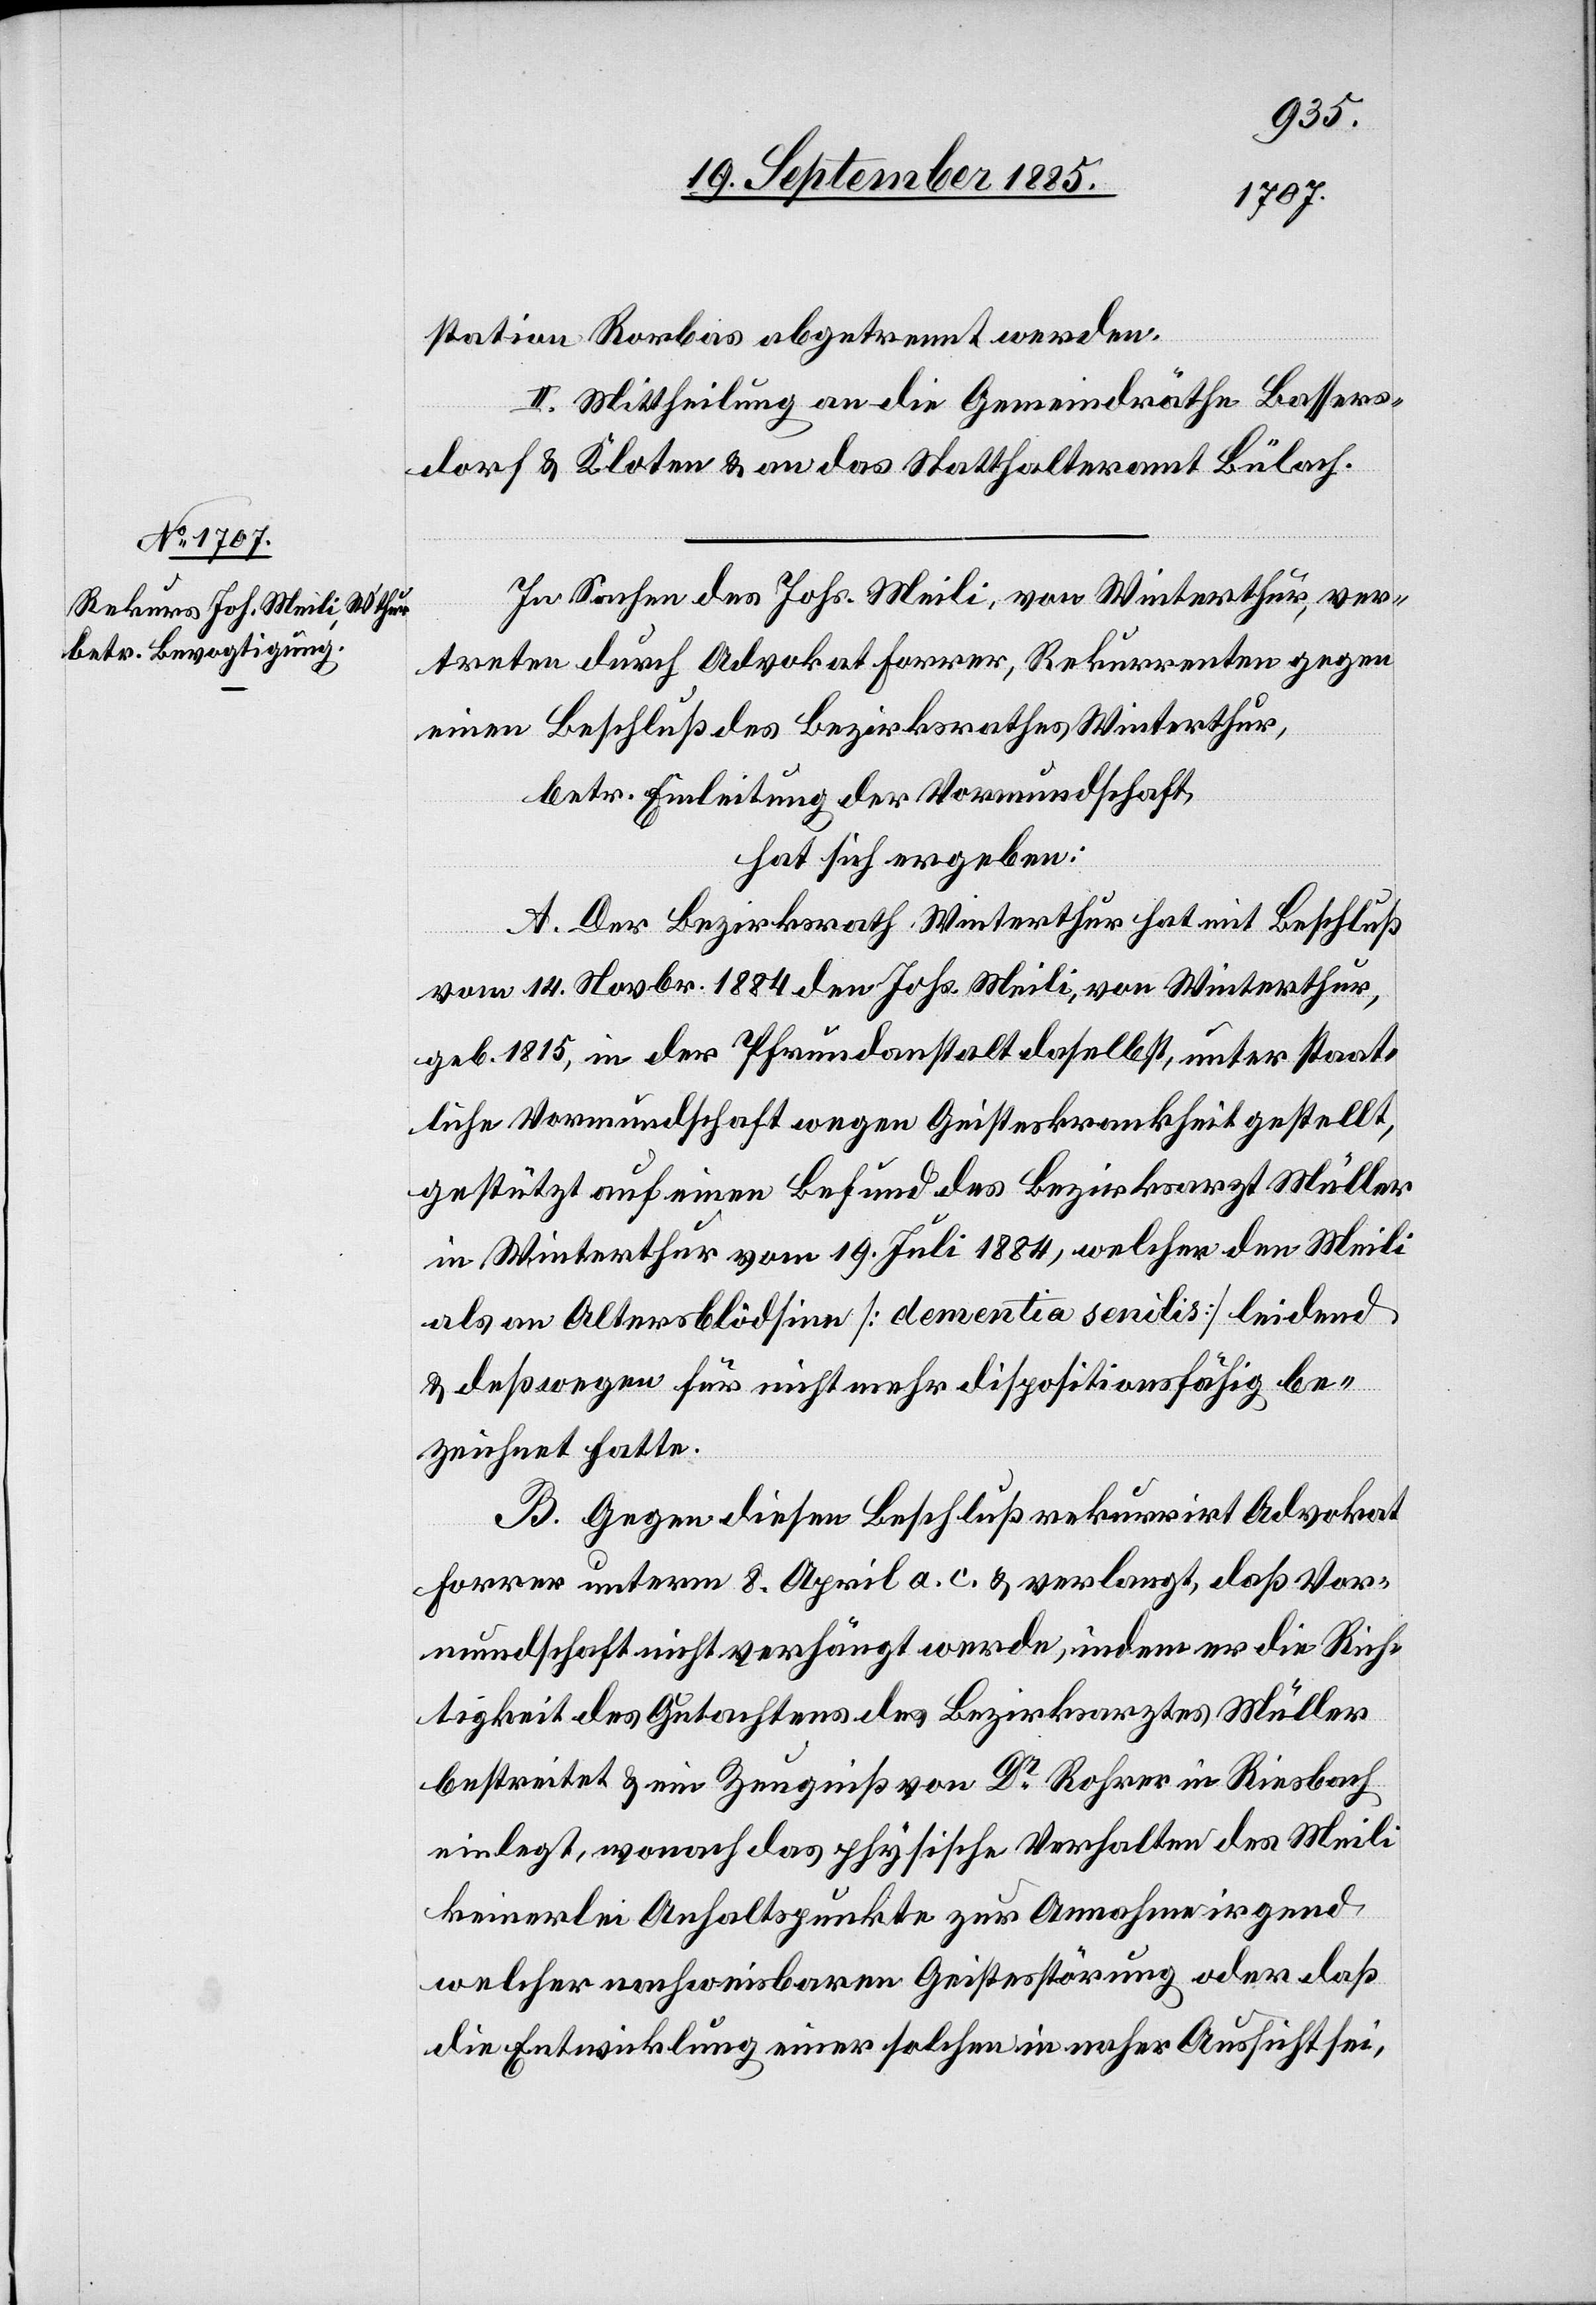
station Rorbas abgetrennt werden.
II. Mittheilung an die Gemeindräthe Bassers¬
dorf & Kloten & an das Statthalteramt Bülach.
In Sachen des Johs. Meili, von Winterthur, ver¬
treten durch Advokat Forrer, Rekurrenten gegen
einen Beschluß des Bezirksrathes Winterthur,
betr. Einleitung der Vormundschaft,
hat sich ergeben:
A. Der Bezirksrath Winterthur hat mit Beschluß
vom 14. Novbr. 1884 den Johs. Meili, von Winterthur,
geb. 1815, in der Pfrundanstalt daselbst, unter staat¬
liche Vormundschaft wegen Geisteskrankheit gestellt,
gestützt auf einen Befund des Bezirksarzt Müller
in Winterthur vom 19. Juli 1884, welcher den Meili
als an Altersblödsinn [dementia senilis] leidend
& deßwegen für nicht mehr dispositionsfähig be¬
zeichnet hatte.
B. Gegen diesen Beschluß rekurrirt Advokat
Forrer unterm 8. April a. c. & verlangt, daß Vor¬
mundschaft nicht verhängt werde, indem er die Rich¬
tigkeit des Gutachtens des Bezirksarztes Müller
bestreitet & ein Zeugniß von Dr Rohrer in Riesbach
einlegt, wonach das physische Verhalten des Meili
keinerlei Anhaltspunkte zur Annahme irgend
welcher nachweisbaren Geistesstörung oder daß
die Entwicklung einer solchen in naher Aussicht sei,